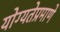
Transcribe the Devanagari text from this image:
योग्यतेप्रमाणे